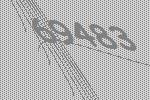
69483